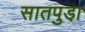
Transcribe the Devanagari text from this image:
सातपुडा़